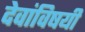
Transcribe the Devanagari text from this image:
देवांविषयी